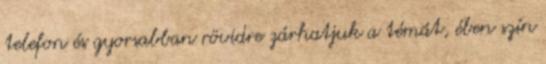
telefon és gyorsabban rövidre zárhatjuk a témát, ében szín